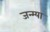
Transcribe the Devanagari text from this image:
जन्म्या